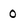
Character: 0